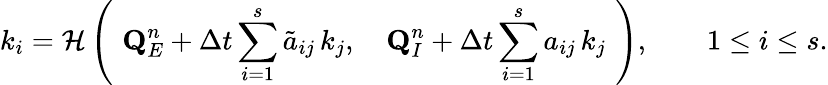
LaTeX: k_{i}=\mathcal{H}\left(\, \, \mathbf{Q}_{E}^{n}+{\Delta t}\sum_{i=1}^{s}\tilde{a}_{ij}\, k_{j},\quad\mathbf{Q}_{I}^{n}+{\Delta t}\sum_{i=1}^{s}a_{ij}\, k_{j}\, \, \right),\qquad 1\leq i\leq s.